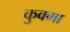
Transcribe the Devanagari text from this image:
कुक्मा